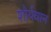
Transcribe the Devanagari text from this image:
शौर्यवान